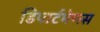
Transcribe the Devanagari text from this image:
डिपार्टमेण्त्स